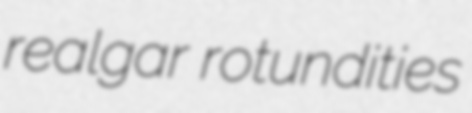
realgar rotundities